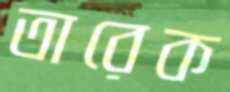
তারেক